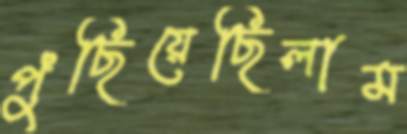
পুঁছিয়েছিলাম